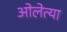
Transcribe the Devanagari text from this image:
ओलेत्या